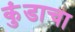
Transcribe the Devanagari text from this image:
कुंडाचा